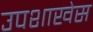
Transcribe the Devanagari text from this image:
उपशाखेस